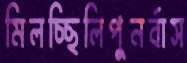
মিলচ্ছিলিপুনর্বাস